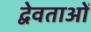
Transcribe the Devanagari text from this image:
द्वेवताओं